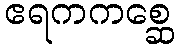
ဧရကကစ္ဆေ